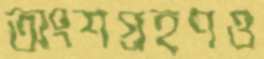
অংশগ্রহণও